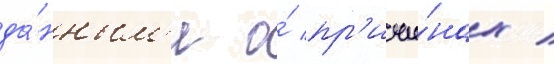
да́нным'и о́ пр'ичи́нах /